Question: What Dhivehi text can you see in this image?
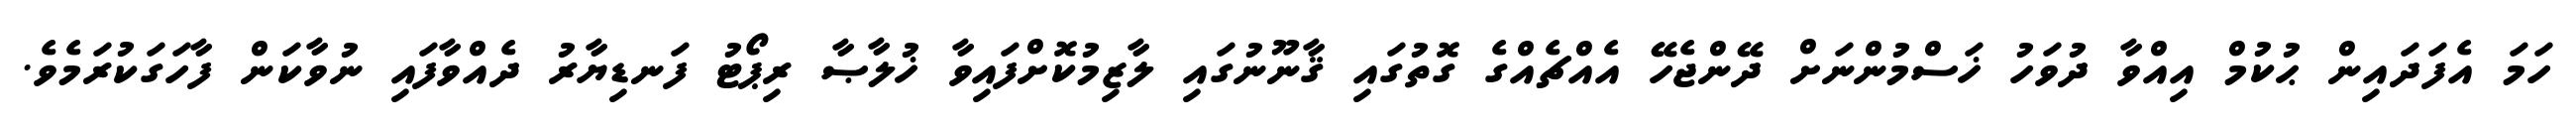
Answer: ހަމަ އެފަދައިން ޙުކުމް އިއްވާ ދުވަހު ޚަސްމުންނަށް ދޭންޖެހޭ އެއްޗެއްގެ ގޮތުގައި ޤާނޫނުގައި ލާޒިމުކޮށްފައިވާ ޚުލާޞާ ރިޕޯޓު ފަނޑިޔާރު ދެއްވާފައި ނުވާކަން ފާހަގަކުރަމެވެ.